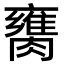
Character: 𦡈